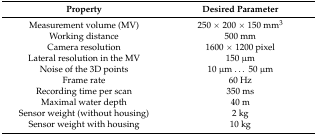
| Property | Desired Parameter |
 | --- | --- |
 | Measurement volume (MV) | 250 × 200 × 150 mm3 |
 | Working distance | 500 mm |
 | Camera resolution | 1600 × 1200 pixel |
 | Lateral resolution in the MV | 150 μm |
 | Noise of the 3D points | 10 μm ... 50 μm |
 | Frame rate | 60 Hz |
 | Recording time per scan | 350 ms |
 | Maximal water depth | 40 m |
 | Sensor weight (without housing) | 2 kg |
 | Sensor weight with housing | 10 kg |